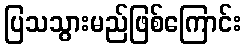
ပြသသွားမည်ဖြစ်ကြောင်း